Report of the Bombay Veterinary College
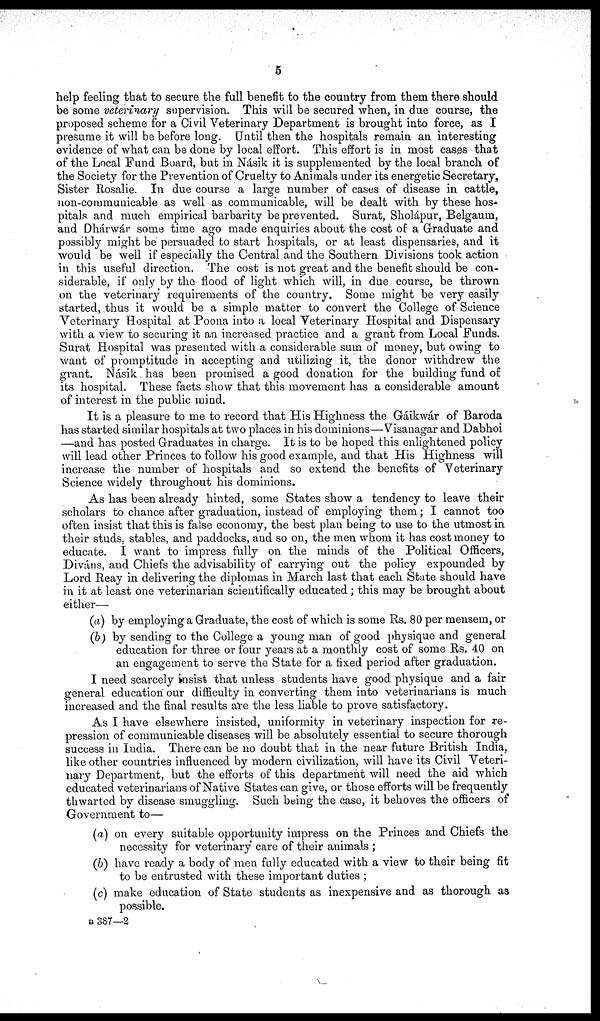
5
help feeling that to secure the full benefit to the country from them there should
be some veterinary supervision. This will be secured when, in due course, the
proposed scheme for a Civil Veterinary Department is brought into force, as I
presume it will be before long. Until then the hospitals remain an interesting
evidence of what can be done by local effort. This effort is in most cases that
of the Local Fund Board, but in Násik it is supplemented by the local branch of
the Society for the Prevention of Cruelty to Animals under its energetic Secretary,
Sister Rosalie. In due course a large number of cases of disease in cattle,
non-communicable as well as communicable, will be dealt with by these hos¬
pitals and much empirical barbarity be prevented. Surat, Sholápur, Belgaum,
and Dhárwár some time ago made enquiries about the cost of a Graduate and
possibly might be persuaded to start hospitals, or at least dispensaries, and it
would be well if especially the Central and the Southern Divisions took action
in this useful direction. The cost is not great and the benefit should be con-
siderable, if only by the flood of light which will, in due course, be thrown
on the veterinary requirements of the country. Some might be very easily
started, thus it would be a simple matter to convert the College of Science
Veterinary Hospital at Poona into a local Veterinary Hospital and Dispensary
with a view to securing it an increased practice and a grant from Local Funds.
Surat Hospital was presented with a considerable sum of money, but owing to
want of promptitude in accepting and utilizing it, the donor withdrew the
grant. Násik has been promised a good donation for the building fund of
its hospital. These facts show that this movement has a considerable amount
of interest in the public mind.
It is a pleasure to me to record that His Highness the Gáikwár of Baroda
has started similar hospitals at two places in his dominions—Visanagar and Dabhoi
—and has posted Graduates in charge. It is to be hoped this enlightened policy
will lead other Princes to follow his good example, and that His Highness will
increase the number of hospitals and so extend the benefits of Veterinary
Science widely throughout his dominions.
As has been already hinted, some States show a tendency to leave their
scholars to chance after graduation, instead of employing them ; I cannot too
often insist that this is false economy, the best plan being to use to the utmost in
their studs, stables, and paddocks, and so on, the men whom it has cost money to
educate. I want to impress fully on the minds of the Political Officers,
Diváns, and Chiefs the advisability of carrying out the policy expounded by
Lord Reay in delivering the diplomas in March last that each State should have
in it at least one veterinarian scientifically educated ; this may be brought about
either—
(a) by employing a Graduate, the cost of which is some Rs. 80 per mensem, or
(b) by sending to the College a young man of good physique and general
education for three or four years at a monthly cost of some Rs. 40 on
an engagement to serve the State for a fixed period after graduation.
I need scarcely insist that unless students have good physique and a fair
general education our difficulty in converting them into veterinarians is much
increased and the final results are the less liable to prove satisfactory.
As I have elsewhere insisted, uniformity in veterinary inspection for re-
pression of communicable diseases will be absolutely essential to secure thorough
success in India. There can be no doubt that in the near future British India,
like other countries influenced by modern civilization, will have its Civil Veteri-
nary Department, but the efforts of this department will need the aid which
educated veterinarians of Native States can give, or those efforts will be frequently
thwarted by disease smuggling. Such being the case, it behoves the officers of
Government to—
(a) on every suitable opportunity impress on the Princes and Chiefs the
necessity for veterinary care of their animals ;
(b) have ready a body of men fully educated with a view to their being fit
to be entrusted with these important duties ;
(c) make education of State students as inexpensive and as thorough as
possible.
B 387—2